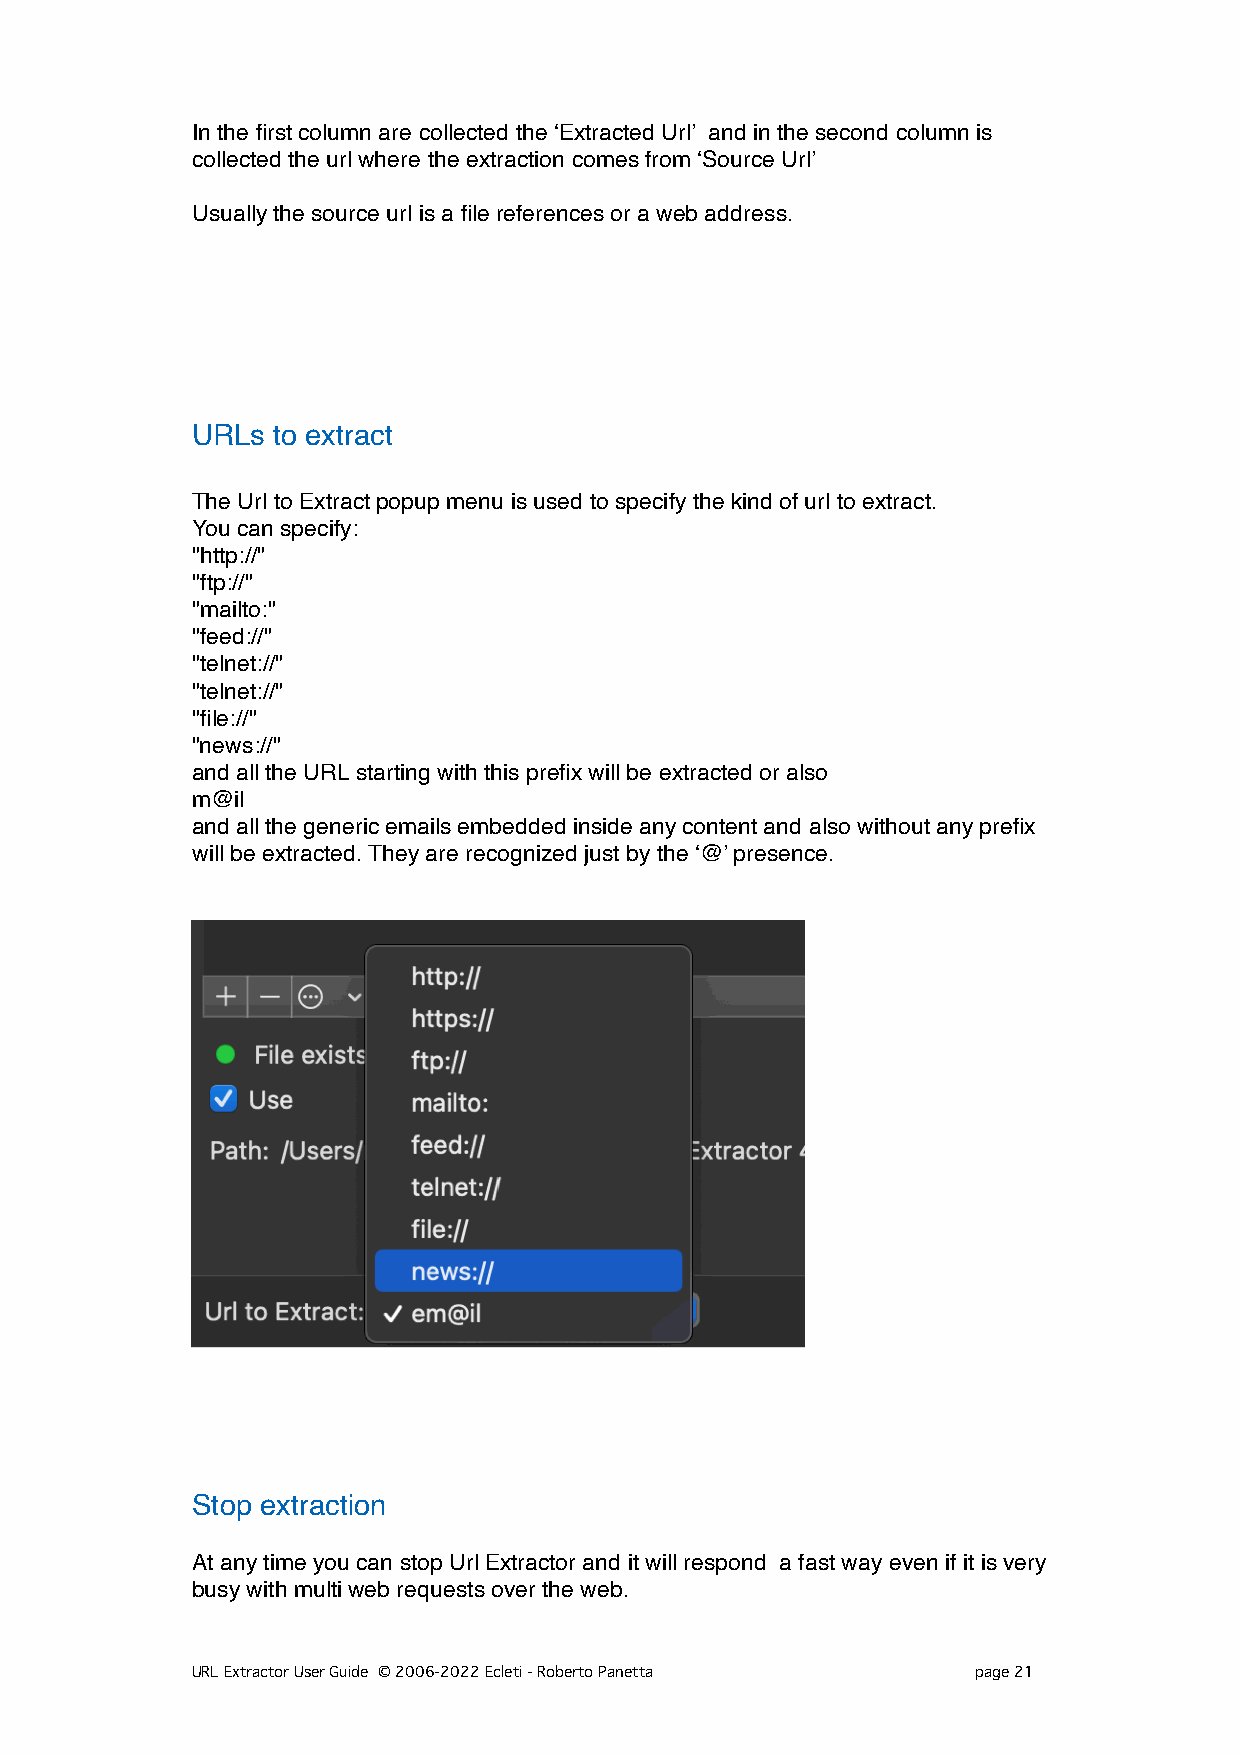
In the first column are collected the ‘Extracted Url’ and in the second column is
 collected the url where the extraction comes from ‘Source Url’
 Usually the source url is a file references or a web address.
 URLs to extract
 The Url to Extract popup menu is used to specify the kind of url to extract.
 You can specify:
 "http://"
 "ftp://"
 "mailto:"
 "feed://"
 "telnet://"
 "telnet://"
 "file://"
 "news://"
 and all the URL starting with this prefix will be extracted or also
 m@il
 and all the generic emails embedded inside any content and also without any prefix
 will be extracted. They are recognized just by the ‘@’ presence.
 Stop extraction
 At any time you can stop Url Extractor and it will respond a fast way even if it is very
 busy with multi web requests over the web.
 URL Extractor User Guide © 2006-2022 Ecleti - Roberto Panetta page 21